Indian journal of veterinary science and animal husbandry - Volume 12,
Year: 1942
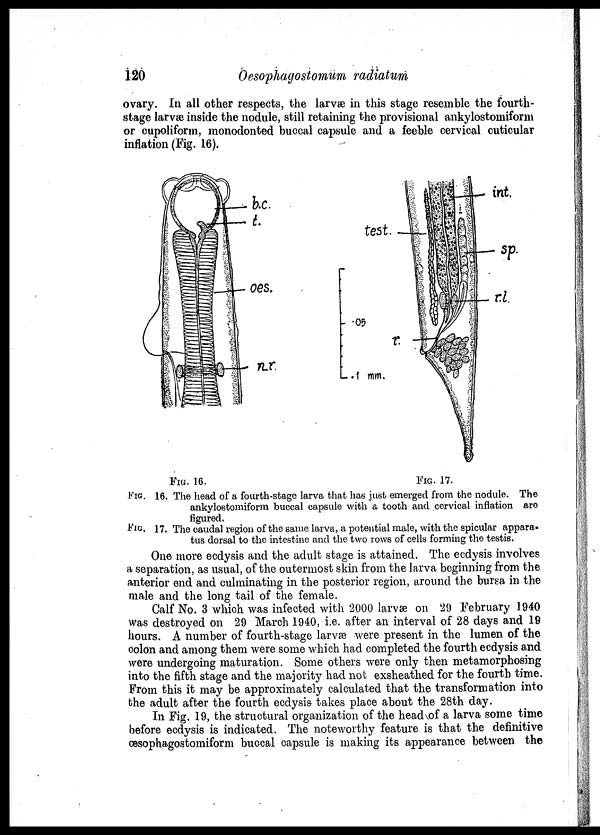
120
Oesophagostomum radiatum
ovary. In all other respects, the larvæ in this stage resemble the fourth¬
stage larvæ inside the nodule, still retaining the provisional ankylostomiform
or cupoliform, monodonted buccal capsule and a feeble cervical cuticular
inflation (Fig. 16).
FIG. 16.
FIG.
17.
FIG. 16. The head of a fourth-stage larva that has just emerged from the nodule. The
ankylostomiform buccal capsule with & tooth and cervical inflation are
figured.
FIG. 17. The caudal region of the same larva, a potential male, with the spicular appara¬
tus dorsal to the intestine and the two rows of cells forming the testis.
One more ecdysis and the adult stage is attained. The ecdysis involves
a separation, as usual, of the outermost skin from the larva beginning from the
anterior end and culminating in the posterior region, around the bursa in the
male and the long tail of the female.
Calf No. 3 which was infected with 2000 larvæ on 29 February 1940
was destroyed on 29 March 1940, i.e. after an interval of 28 days and 19
hours. A number of fourth-stage larvæ were present in the lumen of the
colon and among them were some which had completed the fourth ecdysis and
were undergoing maturation. Some others were only then metamorphosing
into the fifth stage and the majority had not exsheathed for the fourth time.
From this it may be approximately calculated that the transformation into
the adult after the fourth ecdysis takes place about the 28th day.
In Fig. 19, the structural organization of the head of a larva some time
before ecdysis is indicated. The noteworthy feature is that the definitive
œsophagostomiform buccal capsule is making its appearance between the